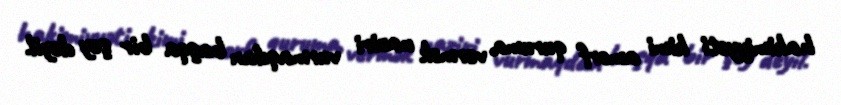
hakimiyyəti kimi amorf quruma vermək naziri vurmaqdan başqa bir şey deyil.